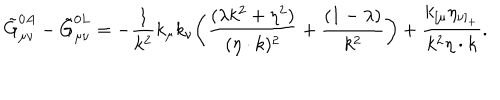
\tilde { G } _ { \mu \nu } ^ { 0 A } - \tilde { G } _ { \mu \nu } ^ { 0 L } = - { \frac { 1 } { k ^ { 2 } } } k _ { \mu } k _ { \nu } \biggl ( { \frac { ( \lambda k ^ { 2 } + \eta ^ { 2 } ) } { ( \eta \cdot k ) ^ { 2 } } } + { \frac { ( 1 - \lambda ) } { k ^ { 2 } } } \biggr ) + { \frac { k _ { [ \mu } \eta _ { \nu ] _ { + } } } { k ^ { 2 } \eta \cdot k } } .